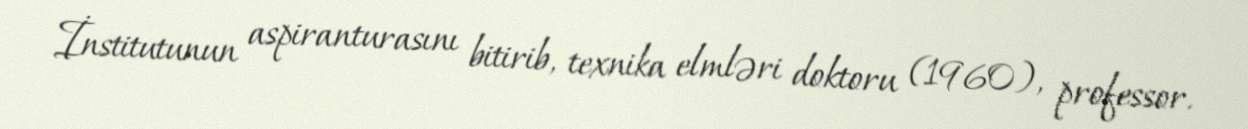
İnstitutunun aspiranturasını bitirib, texnika elmləri doktoru (1960), professor.